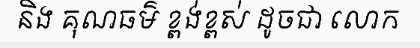
និង គុណធម៌ ខ្ពង់ខ្ពស់ ដូចជា លោក